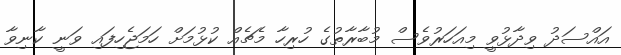
އައްސަދު ވިދާޅުވީ މިއަހަރުވެސް މުބާރާތުގެ ހުރިހާ މެޗެއް ކުޅުމަށް ހަމަޖެހިފައި ވަނީ ކާނިވާ